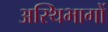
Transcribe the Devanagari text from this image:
अस्थिभागों